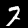
Label: 7